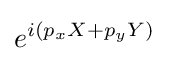
e^{i(p_{x}X+p_{y}Y)}